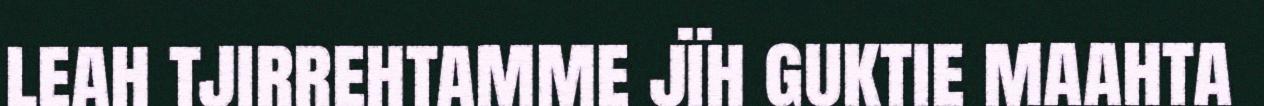
leah tjirrehtamme jïh guktie maahta